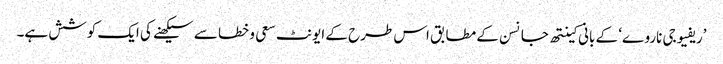
’ریفیوجی ناروے‘ کے بانی کینتھ جانسن کے مطابق اس طرح کے ایونٹ سعی و خطا سے سیکھنے کی ایک کوشش ہے۔